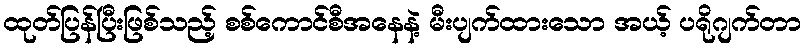
ထုတ်ပြန်ပြီးဖြစ်သည့် စစ်ကောင်စီအနေနဲ့ မီးပျက်ထားသော အယ့် ပရိုဂျက်တာ